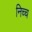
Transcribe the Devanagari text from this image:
निच्च